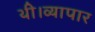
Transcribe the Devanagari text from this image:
थी।व्यापार